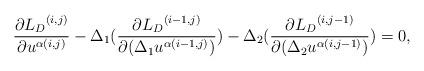
LaTeX: \begin{align*}\frac {\partial {{L}_D}^{(i,j)}} {\partial u^{\alpha (i,j)}}-\Delta_1 (\frac {\partial {{L}_D}^{(i-1,j)}} {\partial (\Delta_1u^{\alpha (i-1,j)})}) -\Delta_2(\frac {\partial {{L}_D}^{(i,j-1)}} {\partial (\Delta_2 u^{\alpha (i,j-1)})})=0,\end{align*}